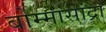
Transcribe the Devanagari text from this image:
बोम्मासांद्रा